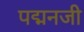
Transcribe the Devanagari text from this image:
पद्मनजी